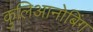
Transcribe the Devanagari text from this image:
कुलिआनोबिंग